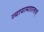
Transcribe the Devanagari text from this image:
व्यायामशालाएं